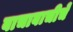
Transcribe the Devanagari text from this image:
बाचाबाचीचें